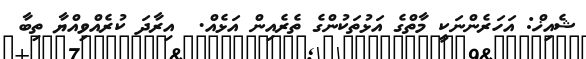
ޝެއިޚް: އަހަރެންނަކީ މާތްގެ އަޅުތަކުންގެ ތެރެއިން އަޅެއް.  އިރާދަ ކުރެއްވިއްޔާ ތިބާ